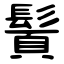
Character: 䰅